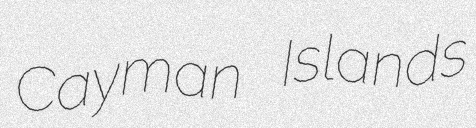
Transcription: Cayman Islands